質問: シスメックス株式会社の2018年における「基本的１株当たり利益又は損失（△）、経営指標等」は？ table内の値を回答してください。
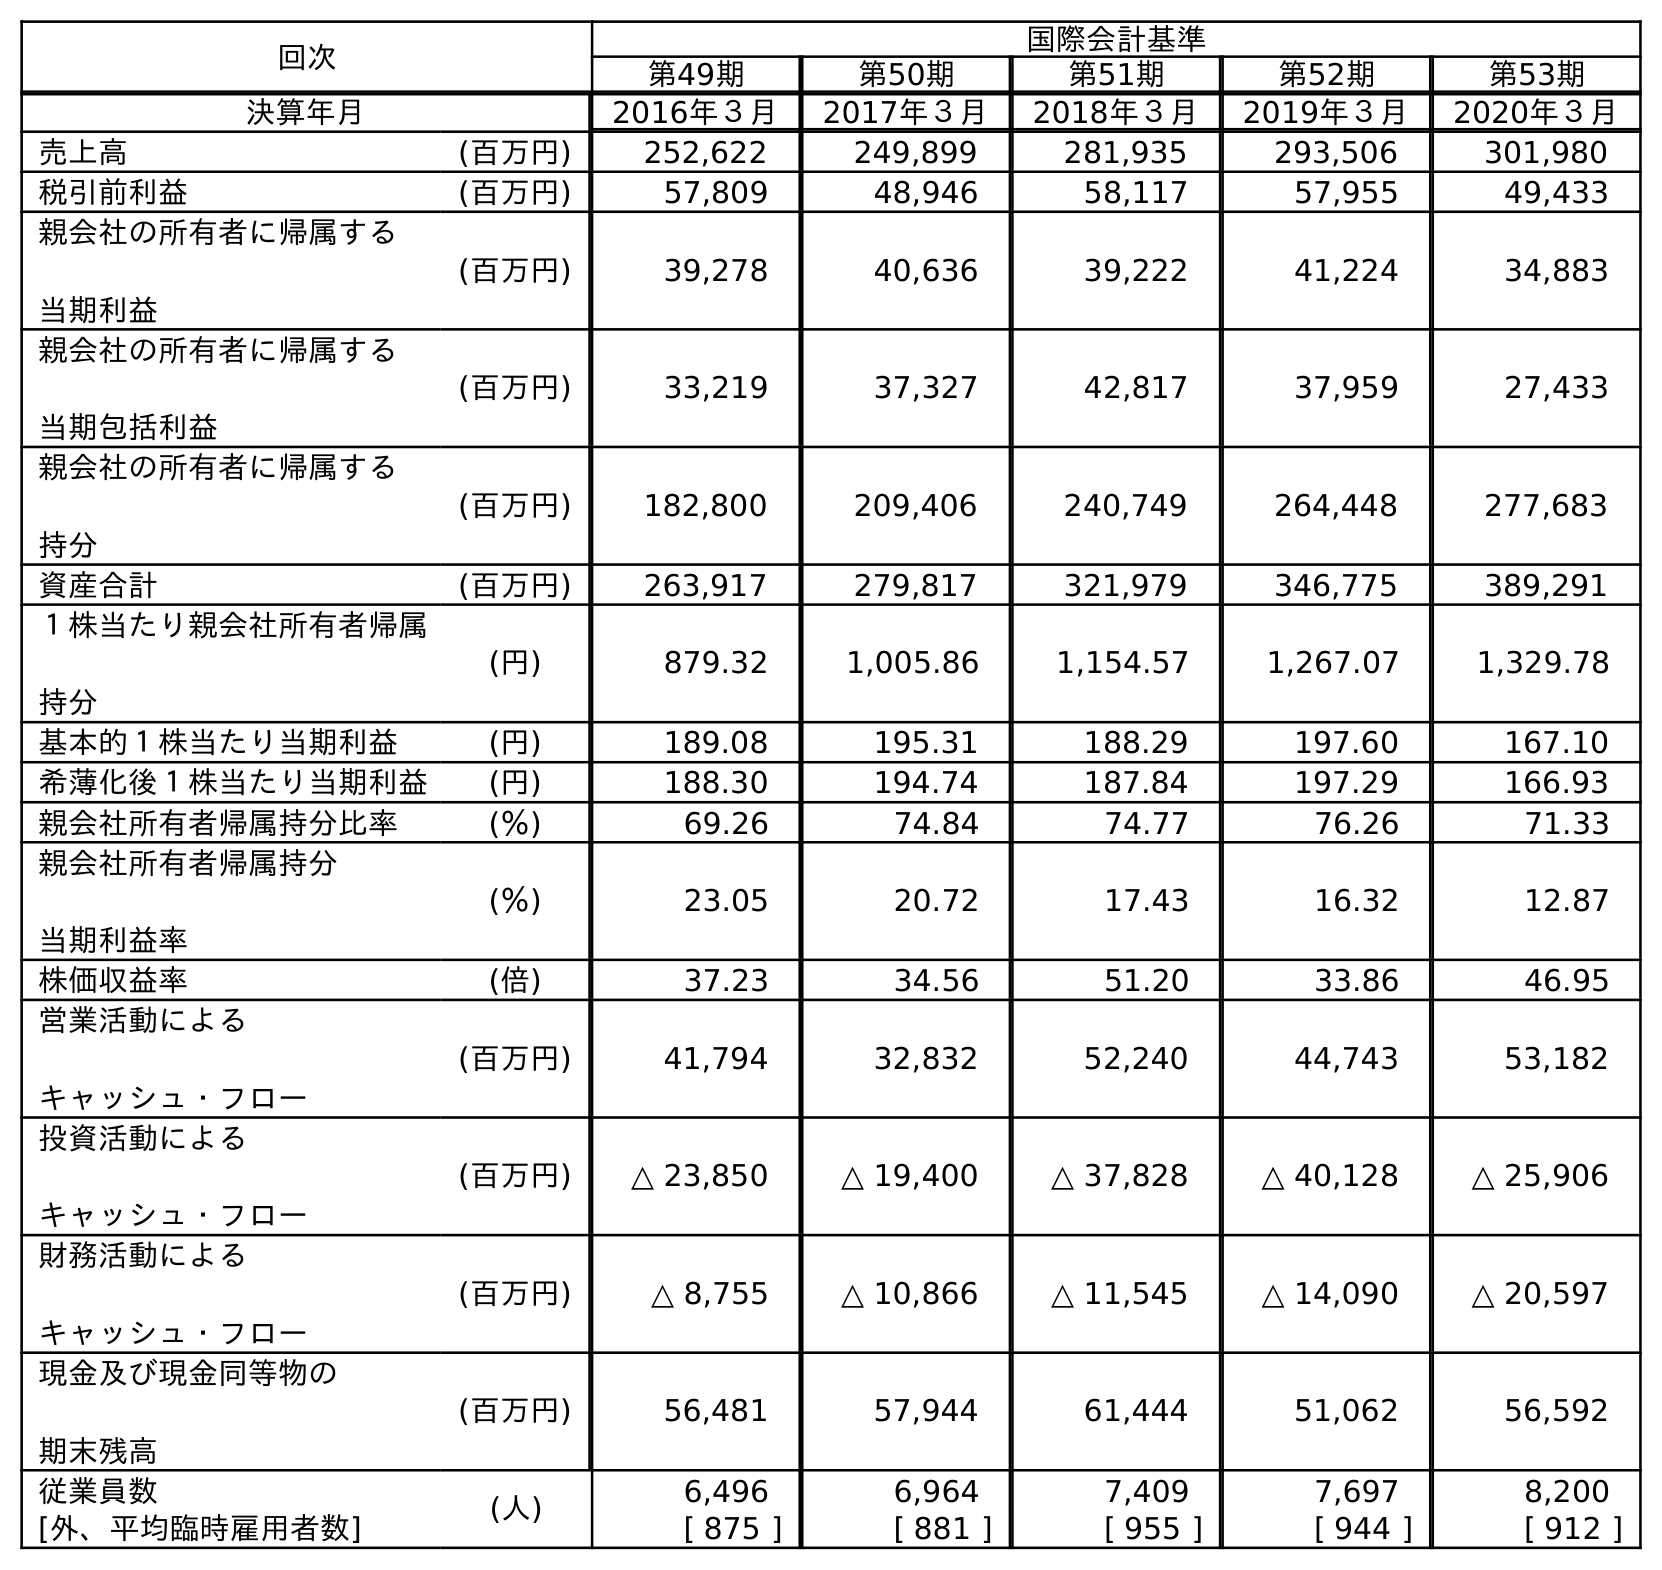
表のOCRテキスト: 回次 国際会計基準 第49期 第50期 第51期 第52期 第53期 決算年月 2016年３月 2017年３月 2018年３月 2019年３月 2020年３月 売上高 (百万円) 252,622 249,899 281,935 293,506 301,980 税引前利益 (百万円) 57,809 48,946 58,117 57,955 49,433 親会社の所有者に帰属する 当期利益 (百万円) 39,278 40,636 39,222 41,224 34,883 親会社の所有者に帰属する 当期包括利益 (百万円) 33,219 37,327 42,817 37,959 27,433 親会社の所有者に帰属する 持分 (百万円) 182,800 209,406 240,749 264,448 277,683 資産合計 (百万円) 263,917 279,817 321,979 346,775 389,291 １株当たり親会社所有者帰属 持分 (円) 879.32 1,005.86 1,154.57 1,267.07 1,329.78 基本的１株当たり当期利益 (円) 189.08 195.31 188.29 197.60 167.10 希薄化後１株当たり当期利益 (円) 188.30 194.74 187.84 197.29 166.93 親会社所有者帰属持分比率 (％) 69.26 74.84 74.77 76.26 71.33 親会社所有者帰属持分 当期利益率 (％) 23.05 20.72 17.43 16.32 12.87 株価収益率 (倍) 37.23 34.56 51.20 33.86 46.95 営業活動による キャッシュ・フロー (百万円) 41,794 32,832 52,240 44,743 53,182 投資活動による キャッシュ・フロー (百万円) △ 23,850 △ 19,400 △ 37,828 △ 40,128 △ 25,906 財務活動による キャッシュ・フロー (百万円) △ 8,755 △ 10,866 △ 11,545 △ 14,090 △ 20,597 現金及び現金同等物の 期末残高 (百万円) 56,481 57,944 61,444 51,062 56,592 従業員数 (人) 6,496 6,964 7,409 7,697 8,200 [外、平均臨時雇用者数] [ 875 ] [ 881 ] [ 955 ] [ 944 ] [ 912 ]
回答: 188.29